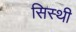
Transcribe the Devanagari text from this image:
सिस्थी